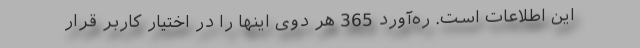
این اطلاعات است. ره‌آورد 365 هر دوی اینها را در اختیار کاربر قرار